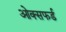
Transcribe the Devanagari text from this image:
ओक्सफर्ड